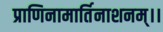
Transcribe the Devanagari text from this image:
प्राणिनामार्तिनाशनम्।।